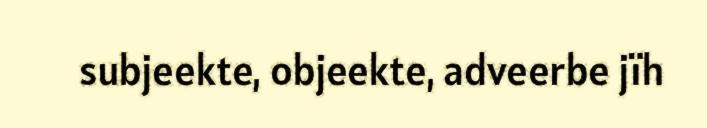
subjeekte, objeekte, adveerbe jïh